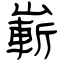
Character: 嶄